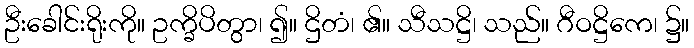
ဦးခေါင်းရိုးကို။ ဥက္ခိပိတွာ၊ ၍။ ဌိတံ၊ ၏။ သီသဋ္ဌိ၊ သည်။ ဂီဝဋ္ဌိကေ၊ ၌။